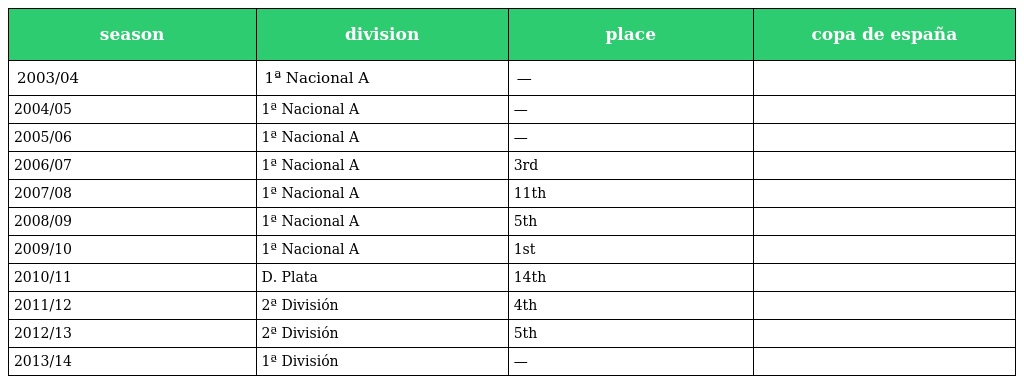
| season | division | place | copa de españa |
 | --- | --- | --- | --- |
 | 2003/04 | 1ª Nacional A | — |  |
 | 2004/05 | 1ª Nacional A | — |  |
 | 2005/06 | 1ª Nacional A | — |  |
 | 2006/07 | 1ª Nacional A | 3rd |  |
 | 2007/08 | 1ª Nacional A | 11th |  |
 | 2008/09 | 1ª Nacional A | 5th |  |
 | 2009/10 | 1ª Nacional A | 1st |  |
 | 2010/11 | D. Plata | 14th |  |
 | 2011/12 | 2ª División | 4th |  |
 | 2012/13 | 2ª División | 5th |  |
 | 2013/14 | 1ª División | — |  |